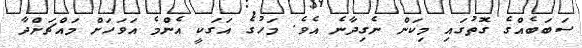
ސަބަބެއްގެ ގޮތުގައި މިކަން ނެގިދާނެ އެވެ. މަހުގެ އަގަކީ އެންމެ އަވަހަށް މައްޗަށްދާ